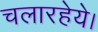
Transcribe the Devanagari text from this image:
चलारहेये।